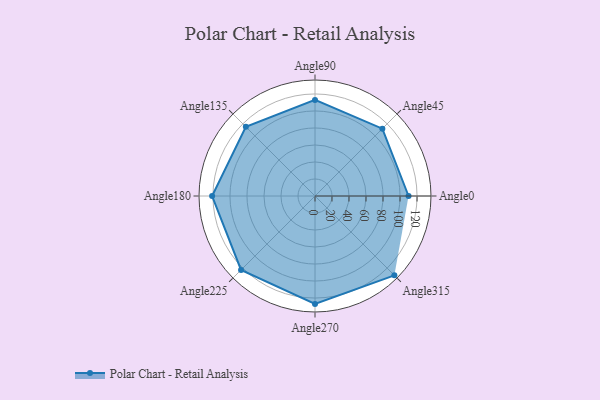
{"axis": {"x": "Angle", "y": "Radius"}, "legend": [""], "data": [{"x": "Angle0", "y": 110.0, "type": ""}, {"x": "Angle45", "y": 112.0, "type": ""}, {"x": "Angle90", "y": 113.0, "type": ""}, {"x": "Angle135", "y": 115.0, "type": ""}, {"x": "Angle180", "y": 121.0, "type": ""}, {"x": "Angle225", "y": 123.0, "type": ""}, {"x": "Angle270", "y": 127.0, "type": ""}, {"x": "Angle315", "y": 132.0, "type": ""}]}